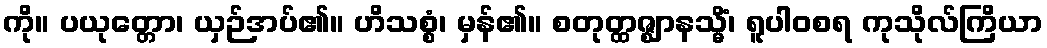
ကို။ ပယုတ္တော၊ ယှဉ်အပ်၏။ ဟိသစ္စံ၊ မှန်၏။ စတုတ္ထဇ္ဈာနသ္မိံ၊ ရူပါဝစရ ကုသိုလ်ကြိယာ